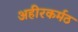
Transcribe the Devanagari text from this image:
अहीरकर्मठ